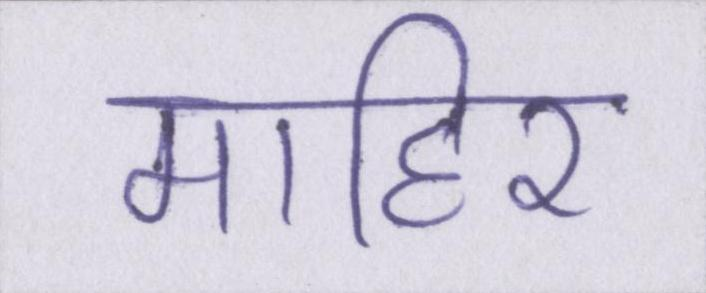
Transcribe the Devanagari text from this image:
माहिर